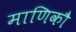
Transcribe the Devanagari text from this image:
माणिकौ